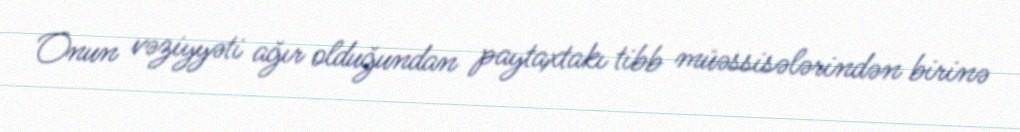
Onun vəziyyəti ağır olduğundan paytaxtakı tibb müəssisələrindən birinə